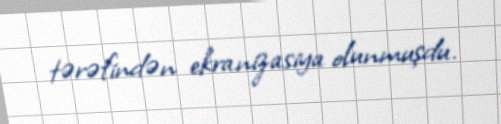
tərəfindən ekranizasiya olunmuşdu.